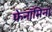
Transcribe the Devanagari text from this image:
फेनॉमिना